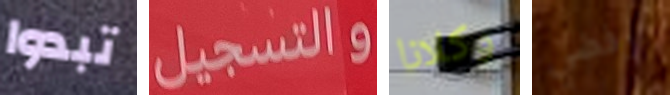
تبدوا والتسجيل وكلانا رفضي